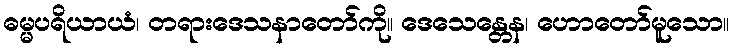
ဓမ္မပရိယာယံ၊ တရားဒေသနာတော်ကို။ ဒေသေန္တေန၊ ဟောတော်မူသော။